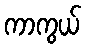
ကာကွယ်